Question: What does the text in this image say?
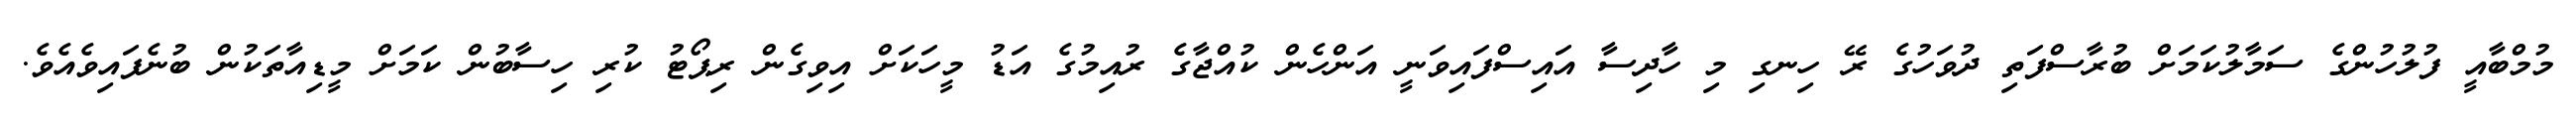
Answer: މުމްބާއީ ފުލުހުންގެ ސަމާލުކަމަށް ބުރާސްފަތި ދުވަހުގެ ރޭ ހިނގި މި ހާދިސާ އައިސްފައިވަނީ އަންހެން ކުއްޖާގެ ރުއިމުގެ އަޑު މީހަކަށް އިވިގެން ރިޕޯޓު ކުރި ހިސާބުން ކަމަށް މީޑިއާތަކުން ބުނެފައިވެއެވެ.